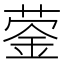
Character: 蓥